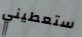
ستعطيني